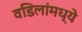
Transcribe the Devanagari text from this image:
वडिलांमध्ये